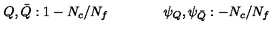
Q , \bar { Q } : 1 - N _ { c } / N _ { f } \qquad \qquad \psi _ { Q } , \psi _ { \bar { Q } } : - N _ { c } / N _ { f }